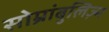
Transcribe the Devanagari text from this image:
सोम्नांबुलिज़्म